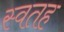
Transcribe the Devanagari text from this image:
स्वतह